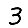
Digit: 3